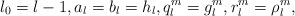
LaTeX: \begin{align*}l_0=l-1,a_l=b_l=h_l,q_l^m=g_l^m,r_l^m=\rho_l^m,\end{align*}